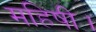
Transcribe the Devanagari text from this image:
महिषी।